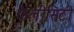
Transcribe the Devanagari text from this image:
फैलीसिटी